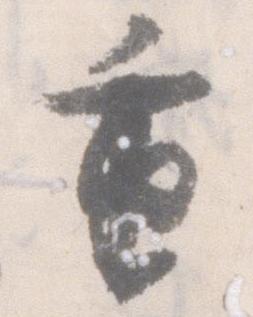
重